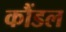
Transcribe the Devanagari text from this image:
कौंडल